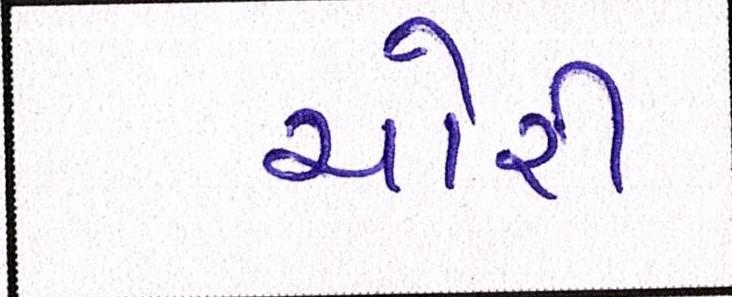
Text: ચોરી